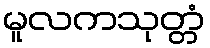
မူလကသုတ္တံ